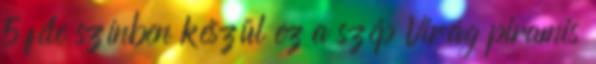
5 féle színben készül ez a szép Virág piramis